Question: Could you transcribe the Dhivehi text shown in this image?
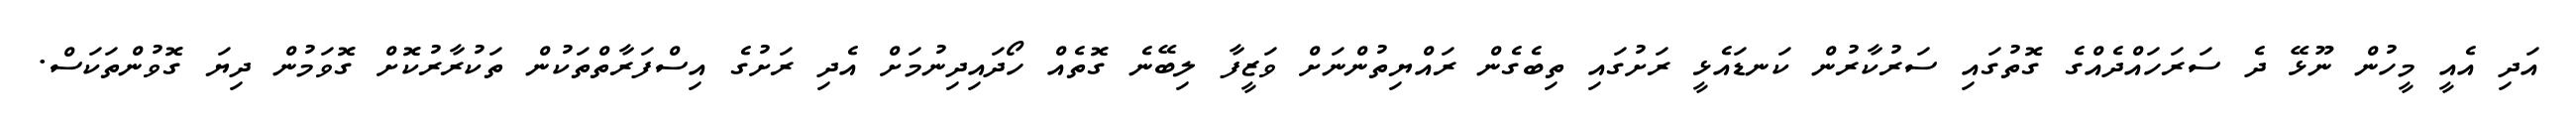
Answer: އަދި އެއީ މީހުން ނޫޅޭ ދެ ސަރަހައްދެއްގެ ގޮތުގައި ސަރުކާރުން ކަނޑައެޅީ ރަށުގައި ތިބެގެން ރައްޔިތުންނަށް ވަޒީފާ ލިބޭނެ ގޮތެއް ހޯދައިދިނުމަށް އެދި ރަށުގެ އިސްފަރާތްތަކުން ތަކުރާރުކޮށް ގޮވަމުން ދިޔަ ގޮވުންތަކަސް.